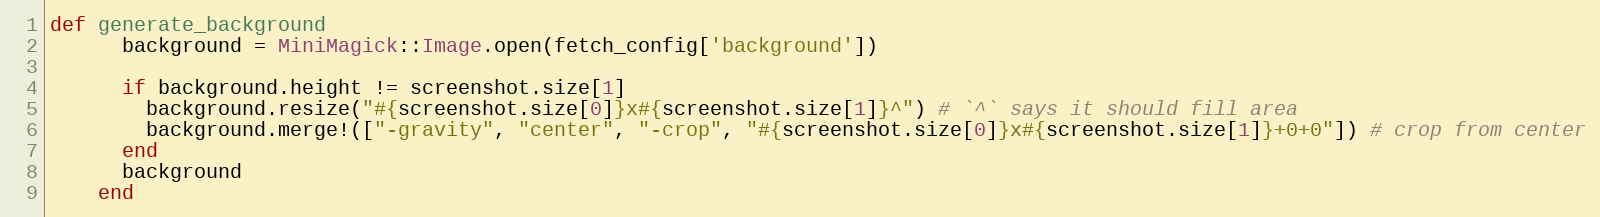
Language: Ruby
def generate_background
      background = MiniMagick::Image.open(fetch_config['background'])

      if background.height != screenshot.size[1]
        background.resize("#{screenshot.size[0]}x#{screenshot.size[1]}^") # `^` says it should fill area
        background.merge!(["-gravity", "center", "-crop", "#{screenshot.size[0]}x#{screenshot.size[1]}+0+0"]) # crop from center
      end
      background
    end